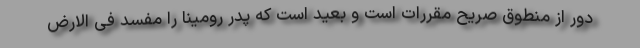
دور از منطوق صریح مقررات است و بعید است که پدر رومینا را مفسد فی الارض